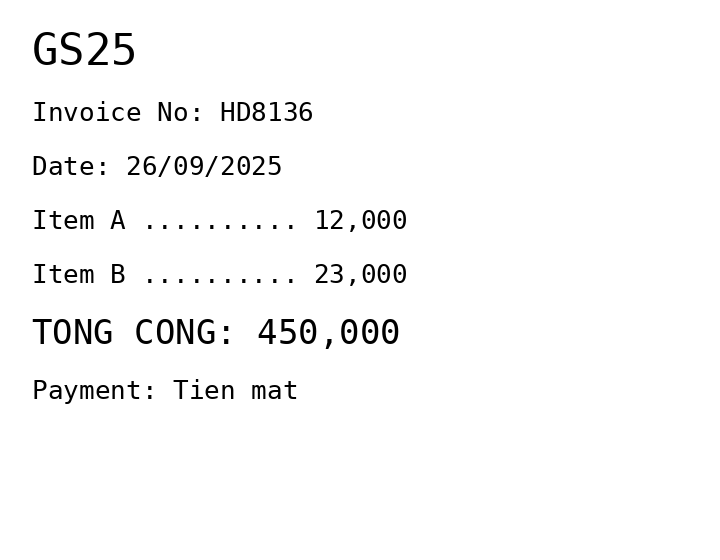
GS25
Invoice No: HD8136
Date: 26/09/2025
Item A .......... 12,000
Item B .......... 23,000
TONG CONG: 450,000
Payment: Tien mat
Merchant: gs25
Date: 2025-09-26
Total: 450000
Invoice No: HD8136
Payment method: CASH